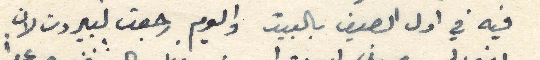
فيه في اول الصيف بالبيت واليوم رجعت لبيروت لان